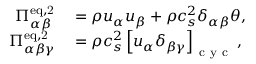
\begin{array} { r l } { \Pi _ { \alpha \beta } ^ { \mathrm { e q , 2 } } } & { { } = \rho u _ { \alpha } u _ { \beta } + \rho c _ { s } ^ { 2 } \delta _ { \alpha \beta } \theta , } \\ { \Pi _ { \alpha \beta \gamma } ^ { \mathrm { e q , 2 } } } & { { } = \rho c _ { s } ^ { 2 } \left[ u _ { \alpha } \delta _ { \beta \gamma } \right] _ { \mathrm { ~ c ~ y ~ c ~ } } , } \end{array}